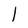
Character: l